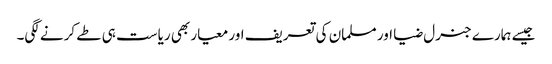
جیسے ہمارے جنرل ضیا اور مسلمان کی تعریف اور معیار بھی ریاست ہی طے کرنے لگی۔